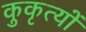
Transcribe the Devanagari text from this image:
कुकृत्‍यों